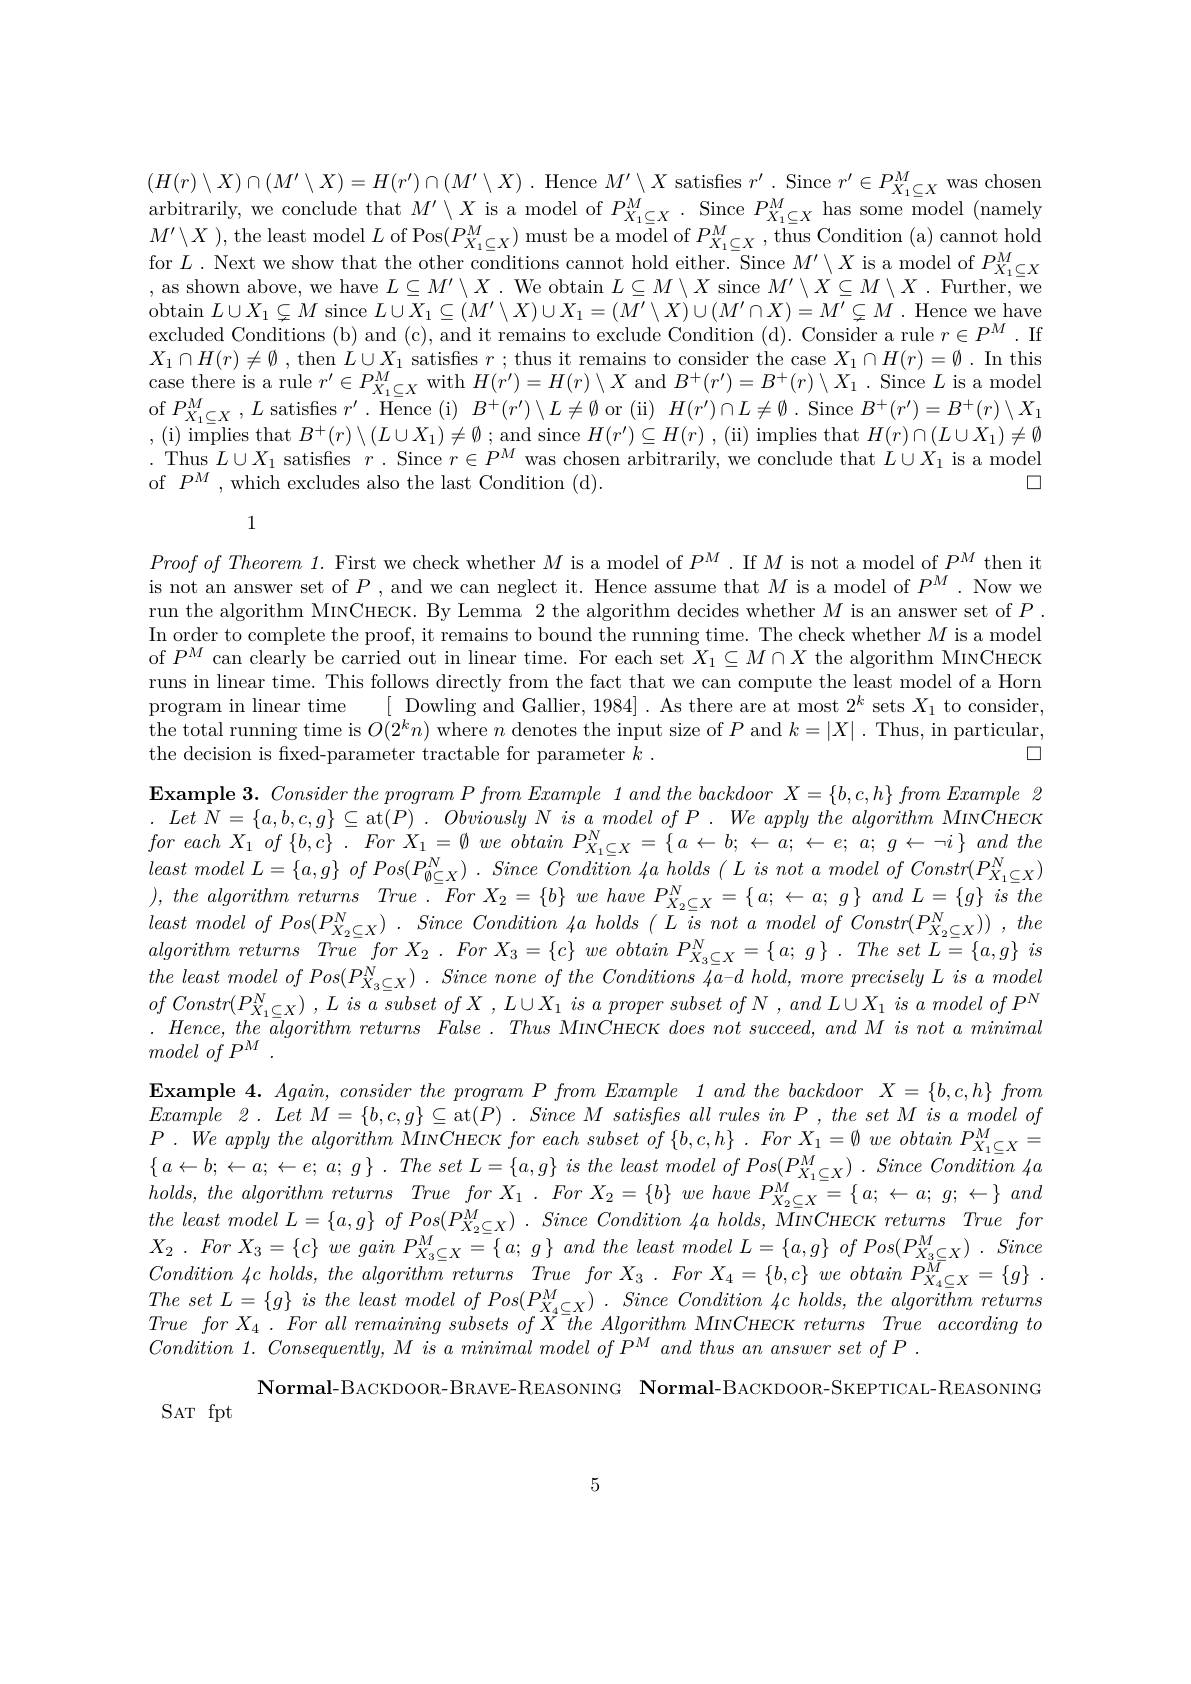
$( H( r) \setminus X) \cap ( M^{\prime }\setminus X) = H( r^{\prime }) \cap ( M^{\prime }\setminus X)$ .Hence $M^{\prime }\setminus X$ satisfies $r^{\prime }$ .Since $r^{\prime }\in P_{X_1\subseteq X}^M$ was chosen $( H( r) \setminus X) \cap ( M^{\prime }\setminus X) = H( r^{\prime }) \cap ( M^{\prime }\setminus X)$ . Hence $M^{\prime }\setminus X$ satisfies $r^{\prime }$ . Since $r^{\prime }\in P_{X_1\subseteq X}^M$ was chosen $( 1- x)$ $( 1- x)$ $( 1- x)$ (1- arbitrarily, we conclude that $M^{\prime}\setminus X$ is a model of $P_{X_1\subseteq X}^M.$ Since $P_{X_1\subseteq X}^M$ has some model (namely $M^{\prime}\setminus X$ ), the least model $L$ of Pos$(P_X_1\subseteq X^M)$ must be a model of $P_X_1\subseteq X^M$, thus Condition (a) cannot hold for $L.$ Next we show that the other conditions cannot hold either. Since $M^\prime\setminus X$ is a model of $P_{X_1\subseteq X}^M$ , as shown above, we have $L\subseteq M^\prime\setminus X.$ We obtain $L\subseteq M\setminus X$ since $M^\prime\setminus X\subseteq M\setminus X.$ Further, we obtain $L\cup X_1\subsetneq M$ since $L\cup X_1\subseteq(M^{\prime}\setminus X)\cup X_1=(M^{\prime}\setminus X)\cup(M^{\prime}\cap X)=M^{\prime}\subsetneq M.$ Hence we have excluded Conditions (b) and (c), and it remains to exclude Condition (d). Consider a rule $r\in P^M$.If $X_1\cap H(r)\neq\emptyset$ , then $L\cup X_1$ satisfies $r;$ thus it remains to consider the case $X_1\cap H(r)=\emptyset.$ In this case there is a rule $r^\prime\in P_{X_1\subseteq X}^M$ with $H(r^\prime)=H(r)\setminus X$ and $B^+(r^\prime)=B^+(r)\setminus X_1.$ Since $L$ is a model $\begin{array}{l}{\mathrm{of~}P_{X_{1}\subseteq X}^{M},L\mathrm{~satisfies~}r^{\prime}.\bar{\mathrm{Hence~(i)~}}B^{+}(r^{\prime})\setminus L\neq\emptyset\mathrm{~or~(ii)~}H(r^{\prime})\cap L\neq\emptyset.\mathrm{~Since~}B^{+}(r^{\prime})=B^{+}(r)\setminus X_{1}}\\{,\mathrm{~(i)~implies~that~}B^{+}(r)\setminus(L\cup X_{1})\neq\emptyset;\mathrm{~and~since~}H(r^{\prime})\subseteq H(r),\mathrm{~(ii)~implies~that~}H(r)\cap(L\cup X_{1})\neq\emptyset}\end{array}$ . Thus $L\cup X_1$ satisfies $r$ . Since $r\in P^M$ was chosen arbitrarily, we conclude that $L\cup X_1$ is a model of $P^M$,which excludes also the last Condition (d).
$\square$

1
$Proof\textit{ of Theorem 1. First we check whether }M$ is a model of $P^M.$ If $M$ is not a model of $P^M$ then it is not an answer set of $P$, and we can neglect it. Hence assume that $M$ is a model of $P^M.$ Now we run the algorithm MıvCнECK. By Lemma 2 the algorithm decides whether $M$ is an answer set of $P$ In order to complete the proof, it remains to bound the running time. The check whether $M$ is a model of $P^M$ can clearly be carried out in linear time. For each set $X_1\subseteq M\cap X$ the algorithm MıNCHECK runs in linear time. This follows directly from the fact that we can compute the least model of a Horn program in linear time [ Dowling and Gallier, 1984]. As there are at most $2^k$ sets $X_1$ to consider, the total running time is $O(2^kn)$ where $n$ denotes the input size of $P$ and $k=|X|$ .Thus, in particular, the decision is fixed-parameter tractable for parameter $k.$
$\square$
$\textbf{Example 3. Consider the program P from Example 1 and the backdoor X= \{ b, c, h\} from Example 2}$ $. Let$ $N= \{ a, b, c, g\} \subseteq$at$( P)$ . Obviously $N$ $is$ $a$ model $of$ $P$ . $We$ apply the algorithm $MINCHECK$ for each $X_{1}$ $of$ $\{ b, c\}$ . For $X_{1}= \emptyset$ $we$ obtain $P_{X_{1}\subseteq X}^{N}= \{ a\leftarrow b; \leftarrow a; \leftarrow e;$ $a;$ $g\leftarrow \neg i\}$ and the least model $L= \{ a, g\}$ $of$ $Pos( P_{\emptyset \subseteq X}^{N})$ . Since Condition $4a$ holds ( $L$ $is$ not $a$ model $of$ $Constr( P_{X_1\subseteq X}^{N})$ ), the algorithm returns True . For $X_{2}= \{ b\}$ $we$ have $P_{X_{2}\subseteq X}^{N}= \{$ $a;$ $\leftarrow$ $a;$ $g\}$ and $L= \{ g\}$ $is$ the least model $of$ $Pos( P_{X_{2}\subseteq X}^{N})$ . Since Condition $4a$ holds ( $L$ $is$ not $a$ model $of$ $Constr( P_{X_{2}\subseteq X}^{N}) )$ , the algorithm returns True for $X_{2}$ . For $X_{3}= \{ c\}$ $we$ obtain $P_{X_{3}\subseteq X}^{N}= \{ a;$ $g\}$ . The set $\tilde{L} = \{ a, g\}$ $is$ the least model $of$ $Pos( P_{X_3\subseteq X}^{N})$ . Since none $of$ the Conditions $4a- d$ $hold$, more precisely $L$ $is$ $a$ model $of$ $Constr( P_{X_1\subseteq X}^{N})$ , $L$ $is$ $a$ subset $of$ $X$ , $L\cup X_{1}$ $is$ $a$ proper subset $of$ $N$ , and $L\cup X_{1}$ $is$ $a$ model $of$ $P^{N}$ $. Hence, the^{- \bar{a} lgorithm}returns$ False $. Thus$ MINCHECK does not succeed, and $M$ is not $a$ minimal model $of$ $P^{M}$ .
$\textbf{Example 4. Again, consider the program P from Example 1 and the backdoor }X= \{ b, c, h\}$ from Example 2 . Let $M= \{ b, c, g\} \subseteq$at$( P)$ . Since $M$ satisfes all rules $in$ $P$ , the set $M$ $is$ $a$ model $of$ $P.$ $\dot{W} e$ apply the algorithm MiNCHECK for each subset $of$ $\{ b, c, h\}$ . For $X_{1}^{\prime }= \emptyset$ $we$ obtain $P_{X_{1}\subseteq X}^{M}=$ $\{ a\leftarrow b; \leftarrow a; \leftarrow e; a; g\}$ $. The$ set $L= \{ a, g\}$ $is$ the least model $of$ $Pos( P_{X_{1}\subseteq X}^{M})$ . Since Condition $4a$ $holds, thealgorithmreturns$ True for $X_{1}$ . For $X_{2}= \{ b\}$ $we$ have $P_{X_{2}\subseteq X}^{M}= \{$ $a; \leftarrow a;$ $g; \leftarrow \}$ and the least model $L= \{ a, g\}$ $of$ $Pos( P_{X_{2}\subseteq X}^{M})$ . Since Condition $4a$ $holds$, $\bar {MINC}HECK$ returns True for $X_{2}$ . For $X_{3}= \{ c\}$ $we$ gain $P_{X_{3}\subseteq X}^{M}= \{ a;$ $g\}$ and the least model $L= \{ a, g\}$ $of$ $Pos( P_{X_{3}\subseteq X}^{M})$ . Since $Condition\not lcholds, thealgorithm$ returns True for $X_{3}$ . For $X_{4}= \{ b, c\}$ $we$ obtain $P_{X_{4}\subseteq X}^{\overline {M}}= \{ g\}$ . The set $L= \{ g\}$ $is$ the least model $of$ $Pos( P_{X_{4}\subseteq X}^{M})$ . Since Condition $4c$ $holds$, the algorithm $returnsT_{\mathrm{mo~for~Y~Eor~all~rons~anin~an~anbato~of~Y~thon~Alonsithon~MivGurEC~ansturm~Ton~andio~to~th~an~th~an~th~an~th~an~th~an~th~an~th~an~th~an~th~an~}}$ True for $X_{4}$ . For all remaining subsets $of$ $X$ $\overline {the}$ Algorithm $MINCHECK$ returns True according $to$ $Condition~1.~Consequently,~M~is~a~minimal~model~of~P^{M}~and~thus~an~answer~set~of~P~.$
Normal-BACKDOOR-BRAVE-REASONING Normal-BACKDOOR-SKEPTICAL-REASONING
SAT fpt

5